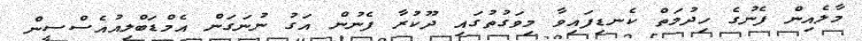
މާލެއިން ފެނުގެ ހިދުމަތް ކެނޑިފައިވާ މިވަގުތުގައި ދޫކުރާ ފެނުން އަގު ނުނަގަން އެމްޑަބްލިއުއެސްސީން